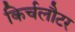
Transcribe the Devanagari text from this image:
किर्चलौटर